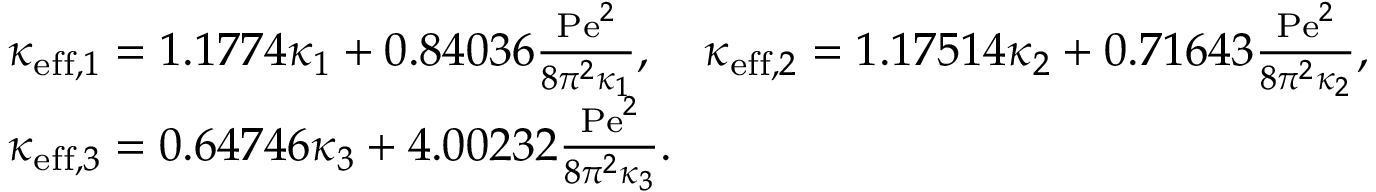
\begin{array} { r l } & { \kappa _ { \mathrm { e f f } , 1 } = 1 . 1 7 7 4 \kappa _ { 1 } + 0 . 8 4 0 3 6 \frac { \mathrm { P e } ^ { 2 } } { 8 \pi ^ { 2 } \kappa _ { 1 } } , \quad \kappa _ { \mathrm { e f f } , 2 } = 1 . 1 7 5 1 4 \kappa _ { 2 } + 0 . 7 1 6 4 3 \frac { \mathrm { P e } ^ { 2 } } { 8 \pi ^ { 2 } \kappa _ { 2 } } , } \\ & { \kappa _ { \mathrm { e f f } , 3 } = 0 . 6 4 7 4 6 \kappa _ { 3 } + 4 . 0 0 2 3 2 \frac { \mathrm { P e } ^ { 2 } } { 8 \pi ^ { 2 } \kappa _ { 3 } } . } \end{array}